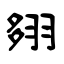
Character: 翗